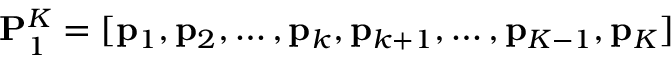
\mathbf { P } _ { 1 } ^ { K } = [ \mathbf { p } _ { 1 } , \mathbf { p } _ { 2 } , \ldots , \mathbf { p } _ { k } , \mathbf { p } _ { k + 1 } , \ldots , \mathbf { p } _ { K - 1 } , \mathbf { p } _ { K } ]